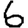
Digit: 6